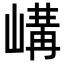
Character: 𡻉